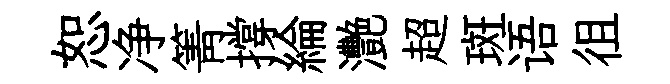
恕净箐撐綸灧超斑语徂